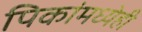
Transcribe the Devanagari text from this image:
पिकांमध्येही